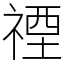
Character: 禋